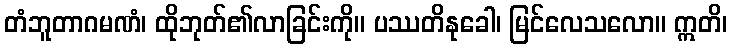
တံဘူတာဂမဏံ၊ ထိုဘုတ်၏လာခြင်းကို။ ပဿတိနုခေါ၊ မြင်လေသလော။ ဣတိ၊